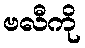
ဗလီကို